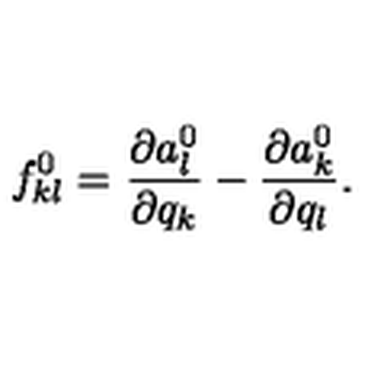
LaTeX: f _ { k l } ^ { 0 } = { \frac { \partial a _ { l } ^ { 0 } } { \partial q _ { k } } } - { \frac { \partial a _ { k } ^ { 0 } } { \partial q _ { l } } } .